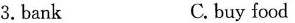
3.bank C. buy food